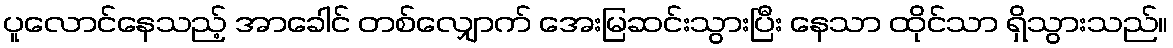
ပူလောင်နေသည့် အာခေါင် တစ်လျှောက် အေးမြဆင်းသွားပြီး နေသာ ထိုင်သာ ရှိသွားသည်။